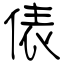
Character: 俵